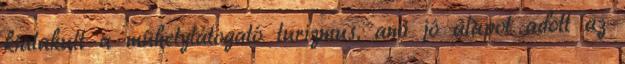
kialakult a mûhelylátogató turizmus, ami jó alapot adott az